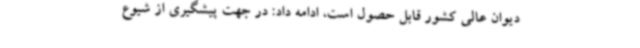
دیوان عالی کشور قابل حصول است، ادامه داد: در جهت پیشگیری از شیوع